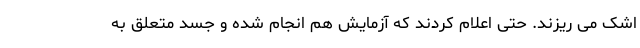
اشک می ریزند. حتی اعلام کردند که آزمایش هم انجام شده و جسد متعلق به